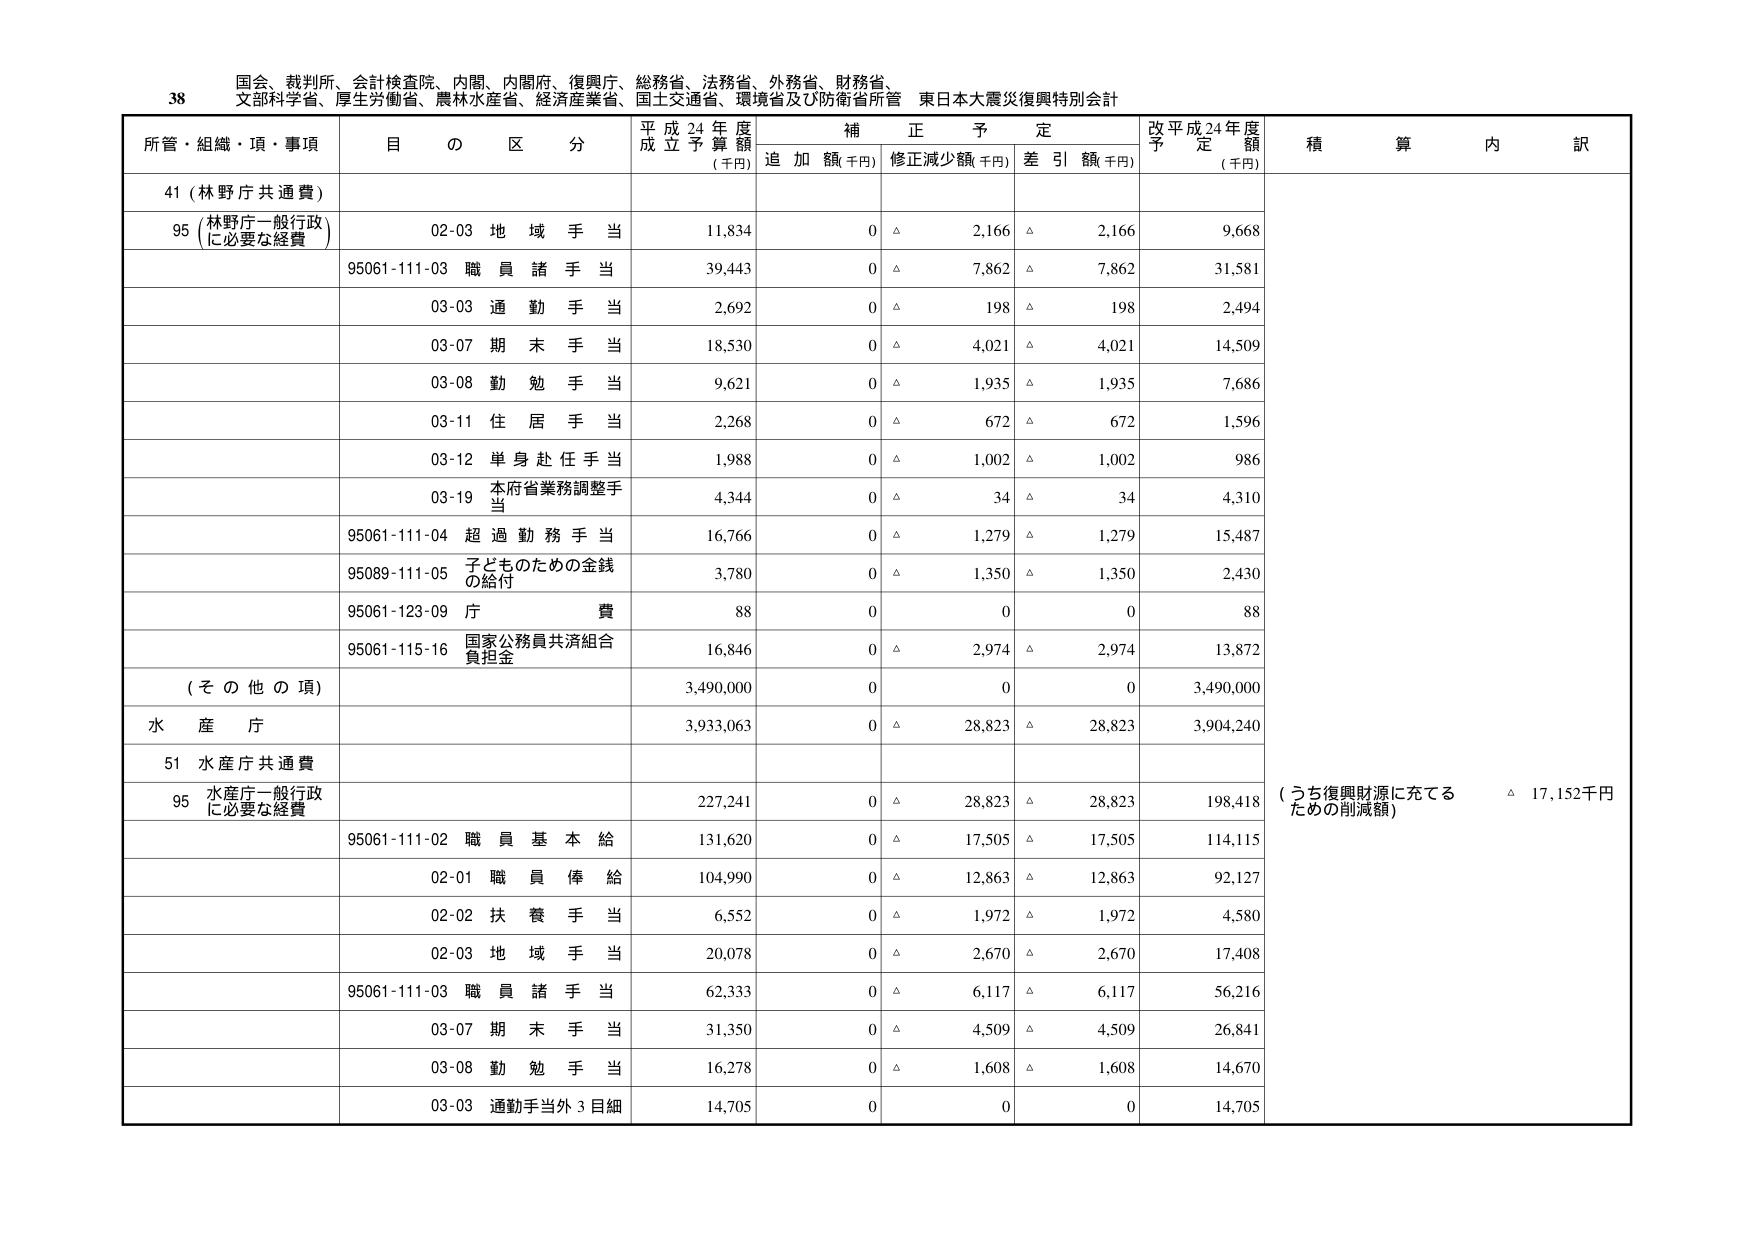
38 国会、裁判所、会計検査院、内閣、内閣府、復興庁、総務省、法務省、外務省、財務省、
文部科学省、厚生労働省、農林水産省、経済産業省、国土交通省、環境省及び防衛省所管 東日本大震災復興特別会計

所管・組織・項・事項 目 の 区 分 平成24年度 成立予算額 (千円) 補正予定 追加額(千円) 修正減少額(千円) 差引額(千円) 改平成24年度 予定額 (千円) 積算内訳

41 (林野庁共通費)

95 (林野庁一般行政 に必要な経費) 02-03 地域手当 11,834 0 △ 2,166 △ 2,166 9,668

95061-111-03 職員諸手当 39,443 0 △ 7,862 △ 7,862 31,581

03-03 通勤手当 2,692 0 △ 198 △ 198 2,494

03-07 期末手当 18,530 0 △ 4,021 △ 4,021 14,509

03-08 勤勉手当 9,621 0 △ 1,935 △ 1,935 7,686

03-11 住居手当 2,268 0 △ 672 △ 672 1,596

03-12 単身赴任手当 1,988 0 △ 1,002 △ 1,002 986

03-19 本府省業務調整手 当 4,344 0 △ 34 △ 34 4,310

95061-111-04 超過勤務手当 16,766 0 △ 1,279 △ 1,279 15,487

95089-111-05 子どものための金銭 の給付 3,780 0 △ 1,350 △ 1,350 2,430

95061-123-09 庁費 88 0 0 0 88

95061-115-16 国家公務員共済組合 負担金 16,846 0 △ 2,974 △ 2,974 13,872

(その他の項) 3,490,000 0 0 0 3,490,000

水産庁 3,933,063 0 △ 28,823 △ 28,823 3,904,240

51 水産庁共通費

95 水産庁一般行政 に必要な経費 227,241 0 △ 28,823 △ 28,823 198,418

95061-111-02 職員基本給 131,620 0 △ 17,505 △ 17,505 114,115

02-01 職員俸給 104,990 0 △ 12,863 △ 12,863 92,127

02-02 扶養手当 6,552 0 △ 1,972 △ 1,972 4,580

02-03 地域手当 20,078 0 △ 2,670 △ 2,670 17,408

95061-111-03 職員諸手当 62,333 0 △ 6,117 △ 6,117 56,216

03-07 期末手当 31,350 0 △ 4,509 △ 4,509 26,841

03-08 勤勉手当 16,278 0 △ 1,608 △ 1,608 14,670

03-03 通勤手当外3目細 14,705 0 0 0 14,705

(うち復興財源に充てる ための削減額) △ 17,152千円